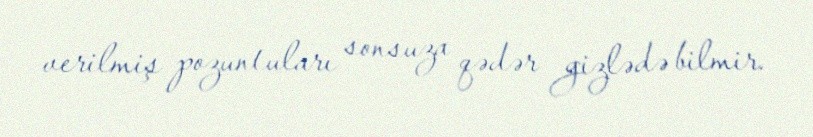
verilmiş pozuntuları sonsuza qədər gizlədə bilmir.